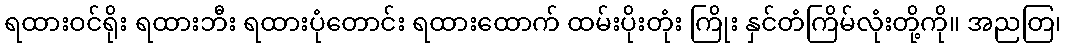
ရထားဝင်ရိုး ရထားဘီး ရထားပုံတောင်း ရထားထောက် ထမ်းပိုးတုံး ကြိုး နှင်တံကြိမ်လုံးတို့ကို။ အညတြ၊